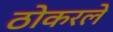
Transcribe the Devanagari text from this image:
ठोकरले